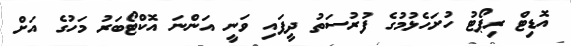
އޮޑިޓް ރިޕޯޓު ހުށަހެޅުމުގެ ފުރުސަތު ދީފައި ވަނީ އަންނަ އޮކްޓޯބަރު މަހުގެ އަށް